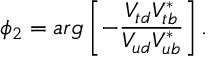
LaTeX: \phi _ { 2 } = a r g \left[ - \frac { V _ { t d } V _ { t b } ^ { * } } { V _ { u d } V _ { u b } ^ { * } } \right] .